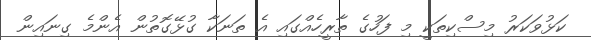
ކަޅުވަކަރު މިސްކިތަކީ މި ފަހުގެ ތާރީހެއްގައި އެ ތަނަކާ ގުޅޭގޮތުން އެންމެ ގިނައިން